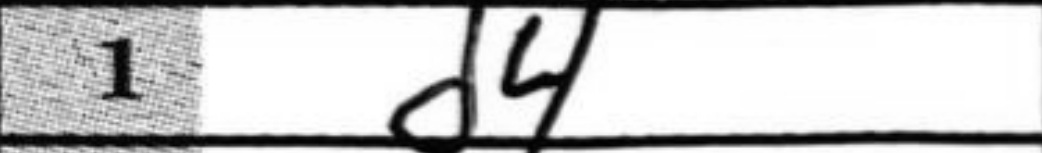
Transcription: d4